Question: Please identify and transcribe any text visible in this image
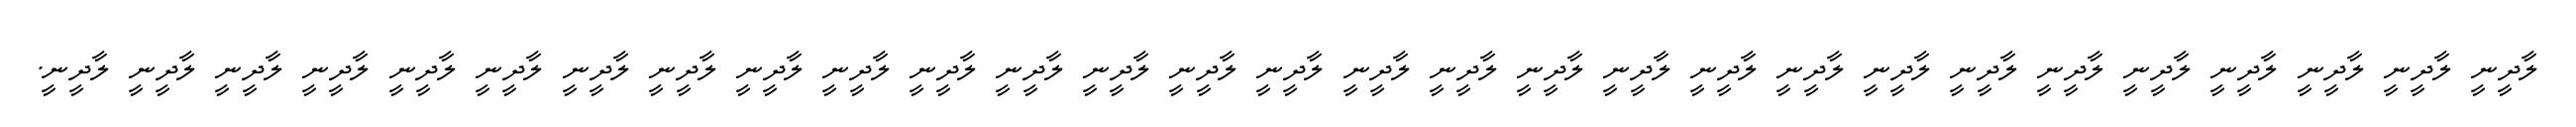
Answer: ލާދީނީ ލާދީނީ ލާދީނީ ލާދީނީ ލާދީނީ ލާދީނީ ލާދީނީ ލާދީނީ ލާދީނީ ލާދީނީ ލާދީނީ ލާދީނީ ލާދީނީ ލާދީނީ ލާދީނީ ލާދީނީ ލާދީނީ ލާދީނީ ލާދީނީ ލާދީނީ ލާދީނީ ލާދީނީ ލާދީނީ ލާދީނީ ލާދީނީ ލާދީނީ ލާދީނީ ލާދީނީ ލާދީނީ.